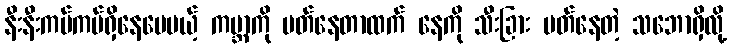
နီးနီးကပ်ကပ်ရှိနေပေမယ့် ကမ္ဘာကို ပတ်နေတာထက် နေကို သီးခြား ပတ်နေတဲ့ သဘောရှိလို့